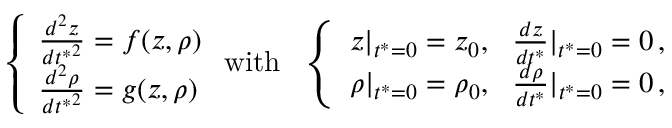
\left\{ \begin{array} { l l } { \frac { d ^ { 2 } z } { { d t ^ { * } } ^ { 2 } } = f ( z , \rho ) } \\ { \frac { d ^ { 2 } \rho } { { d t ^ { * } } ^ { 2 } } = g ( z , \rho ) } \end{array} \right. \mathrm { w i t h } \ \ \left\{ \begin{array} { l l } { z | _ { t ^ { * } = 0 } = z _ { 0 } , \ \ \frac { d z } { d t ^ { * } } | _ { t ^ { * } = 0 } = 0 \, , } \\ { \rho | _ { t ^ { * } = 0 } = \rho _ { 0 } , \ \ \frac { d \rho } { d t ^ { * } } | _ { t ^ { * } = 0 } = 0 \, , } \end{array} \right.